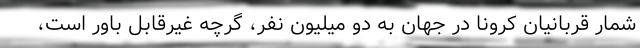
شمار قربانیان کرونا در جهان به دو میلیون نفر، گرچه غیرقابل باور است،